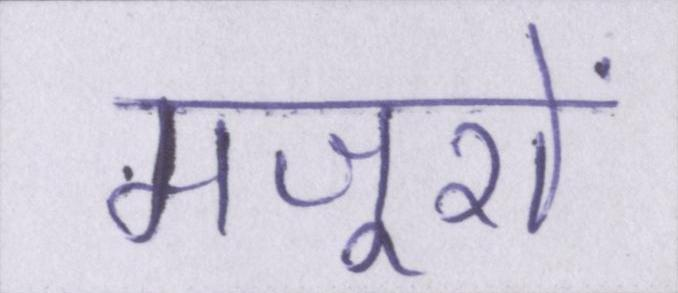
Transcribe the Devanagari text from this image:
मजूरों